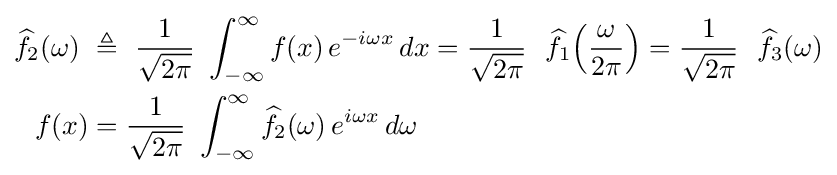
{\begin{aligned}{\widehat {f}}_{2}(\omega )\ &\triangleq \ {\frac {1}{\sqrt {2\pi }}}\ \int _{-\infty }^{\infty }f(x)\,e^{-i\omega x}\,dx={\frac {1}{\sqrt {2\pi }}}\ \ {\widehat {f}}_{1}\!\left({\frac {\omega }{2\pi }}\right)={\frac {1}{\sqrt {2\pi }}}\ \ {\widehat {f}}_{3}(\omega )\\f(x)&={\frac {1}{\sqrt {2\pi }}}\ \int _{-\infty }^{\infty }{\widehat {f}}_{2}(\omega )\,e^{i\omega x}\,d\omega \end{aligned}}